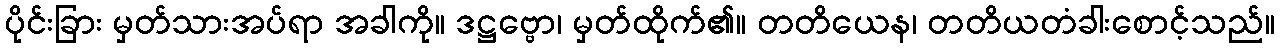
ပိုင်းခြား မှတ်သားအပ်ရာ အခါကို။ ဒဋ္ဌဗ္ဗော၊ မှတ်ထိုက်၏။ တတိယေန၊ တတိယတံခါးစောင့်သည်။